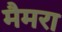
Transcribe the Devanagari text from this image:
मैमरा